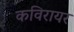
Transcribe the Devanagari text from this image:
कविरायर